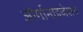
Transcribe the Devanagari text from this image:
ओर्गानाइजेशन